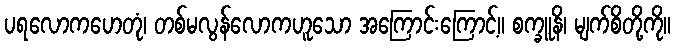
ပရလောကဟေတုံ၊ တစ်မလွန်လောကဟူသော အကြောင်းကြောင့်။ စက္ခူနိ၊ မျက်စိတို့ကို။